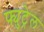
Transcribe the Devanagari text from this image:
फ्युट्रेल